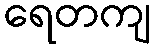
ရေတကျ